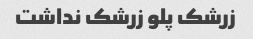
زرشک پلو زرشک نداشت